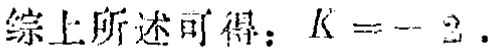
综上所述可得：\(K = - 2\).